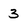
Character: 3